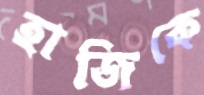
হাজিকে